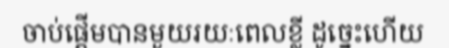
ចាប់ផ្តើមបានមួយរយៈពេលខ្លី ដូច្នេះហើយ